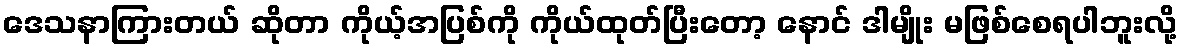
ဒေသနာကြားတယ် ဆိုတာ ကိုယ့်အပြစ်ကို ကိုယ်ထုတ်ပြီးတော့ နောင် ဒါမျိုး မဖြစ်စေရပါဘူးလို့